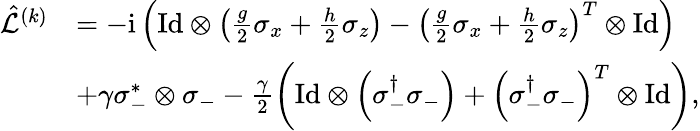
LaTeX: \begin{array}{rl}{\hat{\mathcal{L}}^{(k)}}&{=-\mathrm{i}\left(\mathrm{Id}\otimes\left(\frac{g}{2}\sigma_{x}+\frac{h}{2}\sigma_{z}\right)-\left(\frac{g}{2}\sigma_{x}+\frac{h}{2}\sigma_{z}\right)^{T}\otimes\mathrm{Id}\right)}\\ &{+\gamma\sigma_{-}^{*}\otimes\sigma_{-}-\frac{\gamma}{2}\left(\mathrm{Id}\otimes\left(\sigma_{-}^{\dagger}\sigma_{-}\right)+\left(\sigma_{-}^{\dagger}\sigma_{-}\right)^{T}\otimes\mathrm{Id}\right),}\end{array}